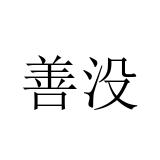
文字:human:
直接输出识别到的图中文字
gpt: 善没